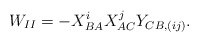
\begin{align*}W_{II} = -X_{BA}^i X_{AC}^j Y_{CB,(ij)}.\end{align*}